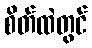
စိတ်ထဲတွင်